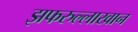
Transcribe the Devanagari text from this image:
झफरुल्लाखान